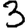
Digit: 3